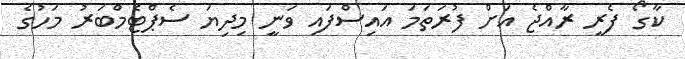
ކާގޯ ފެރީ ރާއްޖެ އަށް ފުރަތަމަ އައިސްފައި ވަނީ މިދިޔަ ސެޕްޓެމްބަރު މަހުގެ